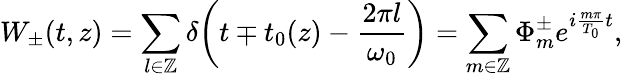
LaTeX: W_{\pm}(t,z)=\sum_{l\in\mathbb{Z}}\delta\bigg(t\mp t_{0}(z)-\frac{2\pi l}{\omega_{0}}\bigg)=\sum_{m\in\mathbb{Z}}\Phi_{m}^{\pm}e^{i\frac{m\pi}{T_{0}}t},